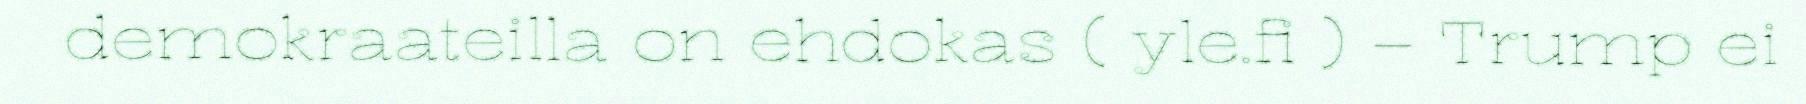
demokraateilla on ehdokas ( yle.fi ) – Trump ei